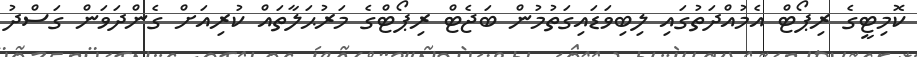
ކޮމިޓީގެ ރިޕޯޓް އެމުއްދަތުގައި ލިބިވަޑައިގަތުމުން ބަޖެޓް ރިޕޯޓްގެ މަރުޙަލާތައް ކުރިއަށް ގެންދަވަން ގަސްދު